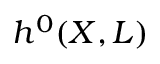
h ^ { 0 } ( X , L )